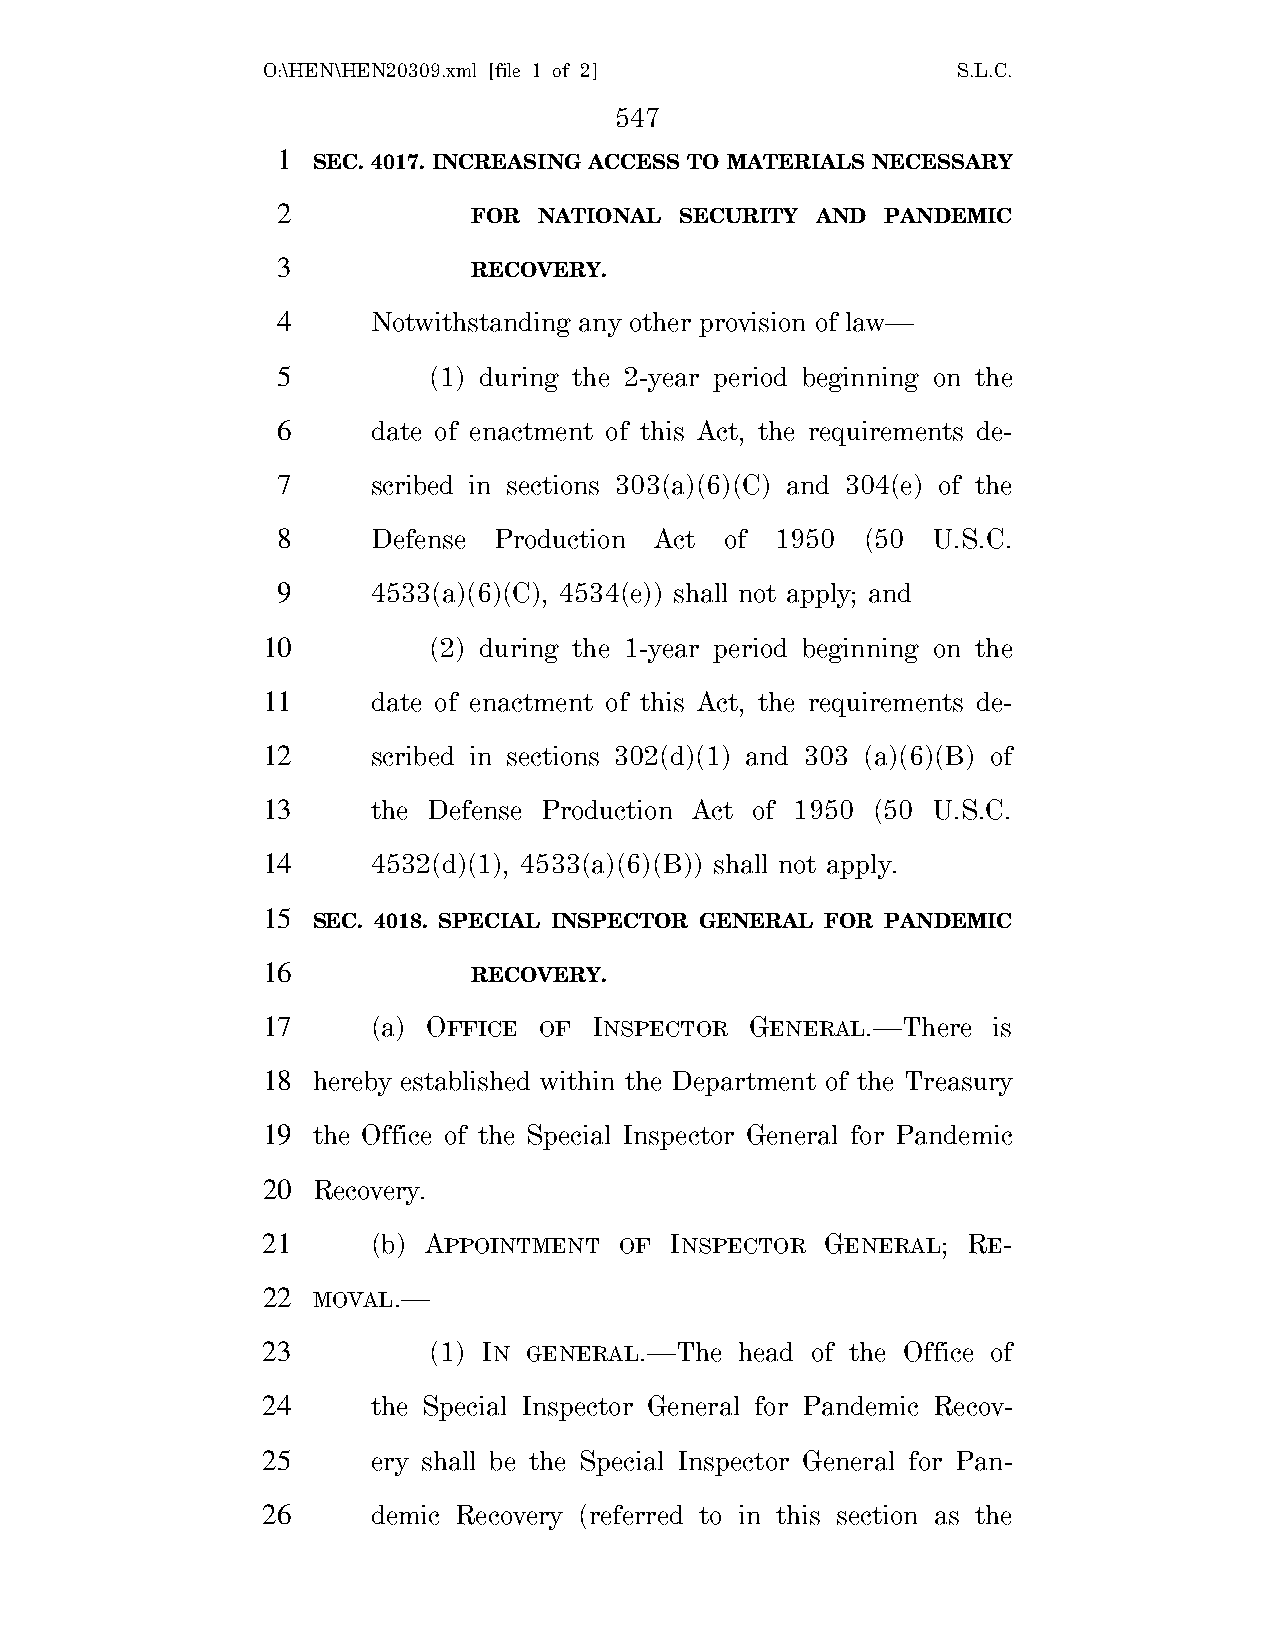
O:\HEN\HEN20309.xml [file 1 of 2]             S.L.C.
 547
 1
 SEC. 4017. INCREASING ACCESS TO MATERIALS NECESSARY
 2
 FOR  NATIONAL SECURITY AND  PANDEMIC
 3
 RECOVERY.
 4      Notwithstanding any other provision of law—
 5         (1) during the 2-year period beginning on the
 6      date of enactment of this Act, the requirements de-
 7      scribed in sections 303(a)(6)(C) and 304(e) of the
 8      Defense Production Act of 1950  (50  U.S.C.
 9      4533(a)(6)(C), 4534(e)) shall not apply; and
 10         (2) during the 1-year period beginning on the
 11      date of enactment of this Act, the requirements de-
 12      scribed in sections 302(d)(1) and 303 (a)(6)(B) of
 13      the Defense Production Act of 1950 (50 U.S.C.
 14      4532(d)(1), 4533(a)(6)(B)) shall not apply.
 15
 SEC. 4018. SPECIAL INSPECTOR GENERAL FOR PANDEMIC
 16
 RECOVERY.
 17      (a) OFFICE OF INSPECTOR  GENERAL.—There  is
 18  hereby established within the Department of the Treasury
 19  the Office of the Special Inspector General for Pandemic
 20  Recovery.
 21      (b) APPOINTMENT OF INSPECTOR  GENERAL; RE-
 22  MOVAL.—
 23         (1) IN GENERAL.—The  head of the Office of
 24      the Special Inspector General for Pandemic Recov-
 25      ery shall be the Special Inspector General for Pan-
 26      demic Recovery (referred to in this section as the